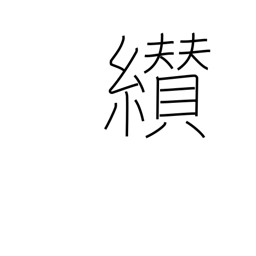
Meaning: succeed to